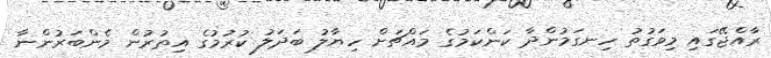
ރާއްޖޭގައި މިވަގުތު ހިނގަމުންދާ ކަންކަމުގެ މައްޗަށް ހިޔާލު ބަދަލު ކުރުމުގެ އިތުރުން މެންބަރުންނާ